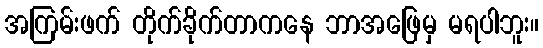
အကြမ်းဖက် တိုက်ခိုက်တာကနေ ဘာအဖြေမှ မရပါဘူး။